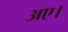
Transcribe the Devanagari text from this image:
अए।